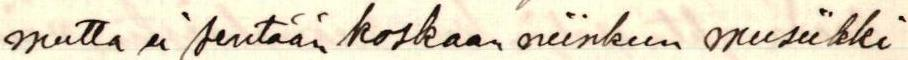
mutta ei sentään koskaan niinkun musiikki